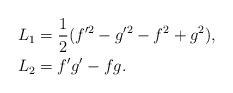
LaTeX: \begin{align*}\begin{aligned}L_{1}&=\frac{1}{2}(f'^{2}-g'^{2}-f^{2}+g^{2}),\\L_{2}&=f'g'-fg.\end{aligned}\end{align*}